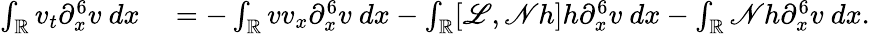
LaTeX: \begin{array}{rl}{\int_{\mathbb R}v_{t}\partial_{x}^{6}v\ dx}&{{}=-\int_{\mathbb R}vv_{x}\partial_{x}^{6}v\ dx-\int_{\mathbb R}[\mathscr{L},\mathscr{N}h]h\partial_{x}^{6}v\ dx-\int_{\mathbb R}\mathscr{N}h\partial_{x}^{6}v\ dx.}\end{array}